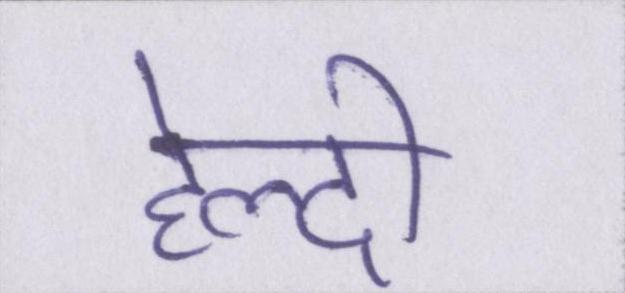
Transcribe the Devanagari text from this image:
हेल्दी